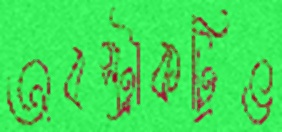
অবস্ট্রাকট্রিভ